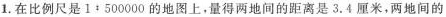
1.在比例尺是1：500000的地图上，量得两地间的距离是3.4厘米，两地间的